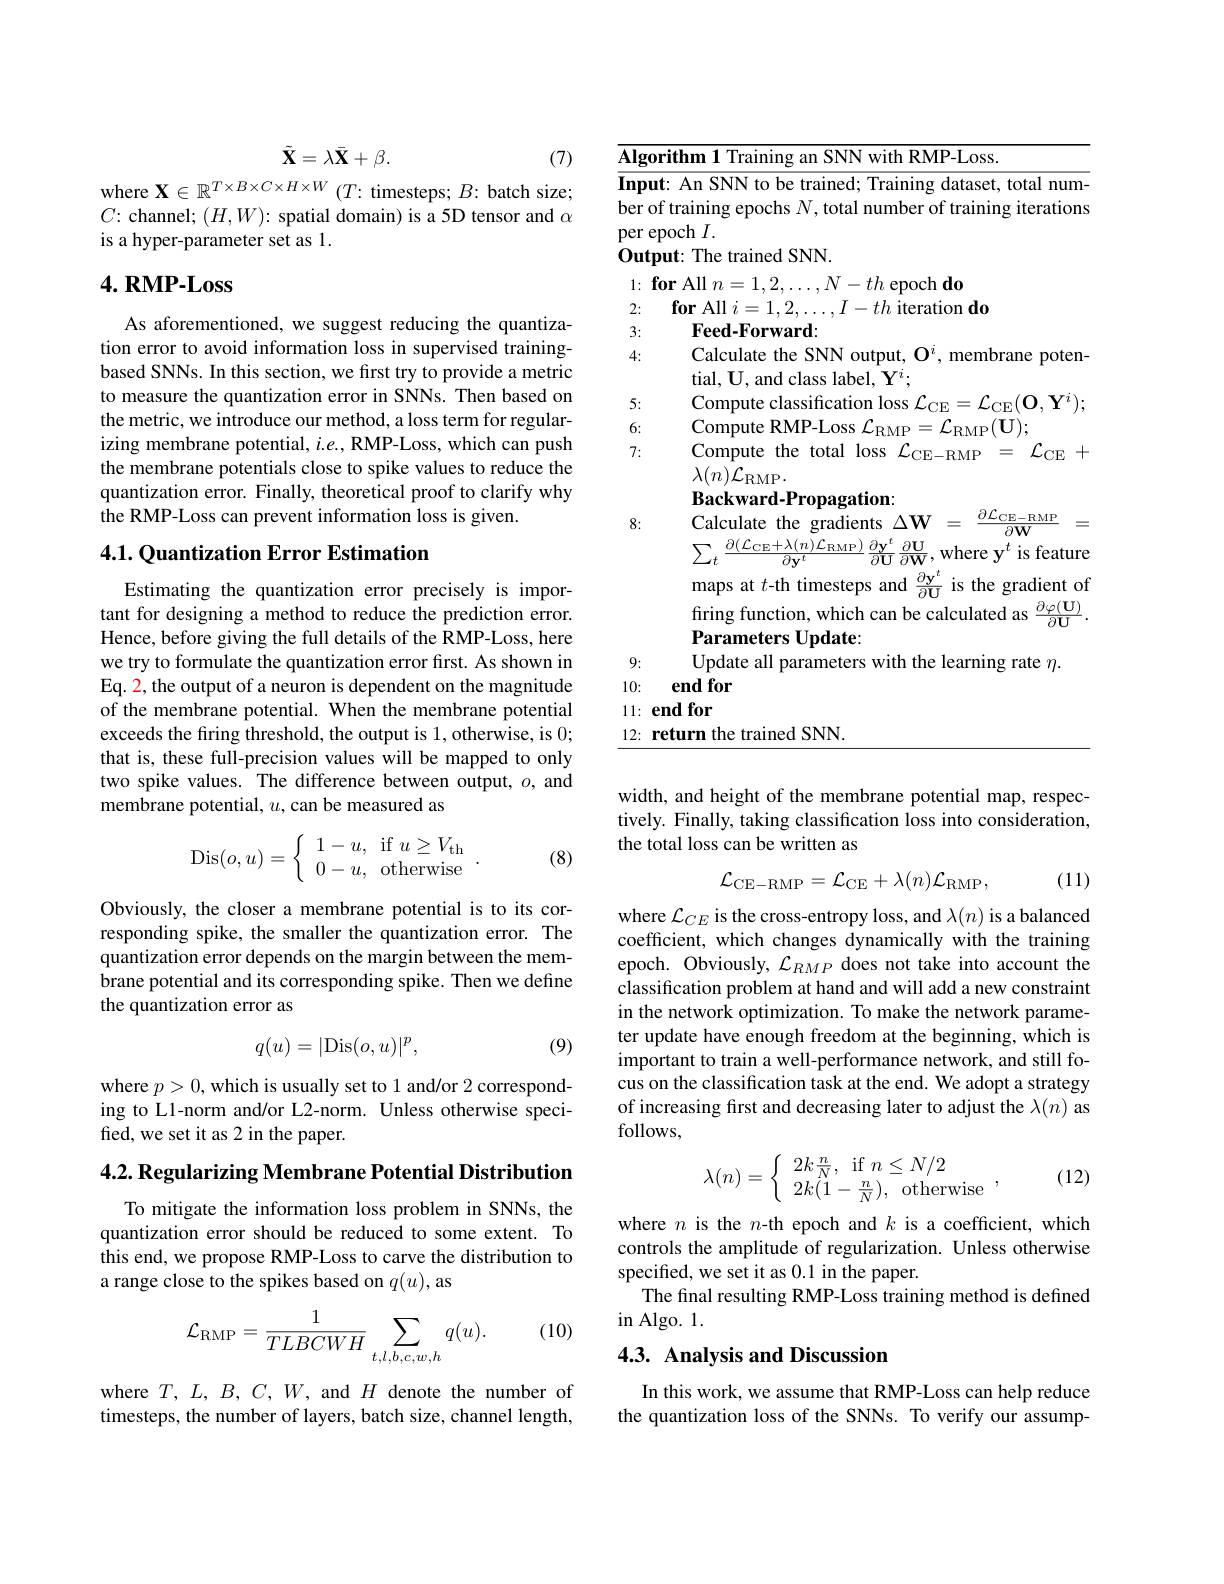
$$\tilde{\mathbf{X}}=\lambda\bar{\mathbf{X}}+\beta.$$
(7)
where $\mathbf{X}\in\mathbb{R}^T\times B\times C\times H\times W$ ($T:$ timesteps; $B:$ batch size;

$C{:}$channel; $(H,W){:}$ spatial domain) is a 5D tensor and $\alpha$
is a hyper-parameter set as 1.

# 4. RMP-Loss

As aforementioned, we suggest reducing the quantization error to avoid information loss in supervised trainingbased SNNs. In this section, we first try to provide a metric to measure the quantization error in SNNs. Then based on the metric, we introduce our method, a loss term for regularizing membrane potential, $i. e. , \textbf{RMP- Loss, which can push}$ the membrane potentials close to spike values to reduce the quantization error. Finally, theoretical proof to clarify why $\hat{\text{the RMP-Loss can prevent information loss is given.}}$

## 4.1. Quantization Error Estimation

Estimating the quantization error precisely is important for designing a method to reduce the prediction error. Hence, before giving the full details of the RMP-Loss, here we try to formulate the quantization error first. As shown in Eq. 2, the output of a neuron is dependent on the magnitude of the membrane potential. When the membrane potential exceeds the firing threshold, the output is 1, otherwise, is 0; that is, these full-precision values will be mapped to only two spike values. The difference between output, $o$, and membrane potential, $u$, can be measured as
$$\mathrm{Dis}(o,u)=\left\{\begin{array}{ll}1-u,&\mathrm{if}~u\geq V_{\mathrm{th}}\\0-u,&\mathrm{otherwise}\end{array}\right..$$
(8)

Obviously, the closer a membrane potential is to its corresponding spike, the smaller the quantization error. The quantization error depends on the margin between the membrane potential and its corresponding spike. Then we define the quantization error as

(9)
$$q(u)=|\mathrm{Dis}(o,u)|^p,$$
where $p>0$, which is usually set to 1 and/or 2 corresponding to L1-norm and/or L2-norm. Unless otherwise specified, we set it as 2 in the paper.

$4. 2. \textbf{ Regularizing Membrane Potential Distribution}$

To mitigate the information loss problem in SNNs, the quantization error should be reduced to some extent. To this end, we propose RMP-Loss to carve the distribution to a range close to the spikes based on $q(u)$, as

(10)
$$\mathcal{L}_{\mathrm{RMP}}=\frac{1}{TLBCWH}\sum_{t,l,b,c,w,h}q(u).$$
where $T,L,B,C,W$, and $H$ denote the number of timesteps, the number of layers, batch size, channel length,

<table>
	<tbody>
		<tr>
			<td>$\overline{\mathbf{Algo}}$</td>
			<td>$\mathbf{ifhm}$ SNN with RMP- Loss. TIM 11 11</td>
		</tr>
		<tr>
			<td>Inpu ber</td>
			<td>ut: An SNN to be trained; Training dataset, total num- of training epochs $N$,total number of training iterations</td>
		</tr>
		<tr>
			<td>$0utj$</td>
			<td>The f trained SNN</td>
		</tr>
		<tr>
			<td>1:</td>
			<td>$\textbf{for All }n=$ $\textbf{M}$ $th$ epoch do $^{*}/$ $=\frac{1}{2}$</td>
		</tr>
		<tr>
			<td>2:</td>
			<td>$\textbf{for All }i=$ 1.2 $th$ iteration do</td>
		</tr>
		<tr>
			<td>3:</td>
			<td>Feed-Forward:</td>
		</tr>
		<tr>
			<td>4:</td>
			<td>Calculate the SNN output, $\mathbf{O}^i$, membrane poten tial. U. and class label. $\mathbf{Y}^{\iota}$</td>
		</tr>
		<tr>
			<td>5:</td>
			<td>Comp classincatior $C^{\prime\prime}$</td>
		</tr>
		<tr>
			<td>6:</td>
			<td>Compute RMP-Loss RMP$( U)$ $LI$</td>
		</tr>
		<tr>
			<td>7:</td>
			<td>Compute the total Ioss $\mathcal{L}_{\mathrm{CE-RMP}}=$ $LCE$ $\lambda(n)\mathcal{L}_{\mathrm{RMP}}.$ $\mathbf{Backward-Propagation:}$</td>
		</tr>
		<tr>
			<td> </td>
			<td>$\sum_{t}$ $\frac{0\mathbf{y}}{\partial\mathbf{II}}\frac{0\mathbf{u}}{\partial\mathbf{W}}$,where $\mathbf{y}^{\iota}$ is feature $\overline{\partial\mathbf{y}}$</td>
		</tr>
		<tr>
			<td> </td>
			<td>maps at $t$-th timesteps and $\ddot{\upsilon}\mathbf{v}$ is the gradient of $\overline{\partial\mathbf{U}}$</td>
		</tr>
		<tr>
			<td> </td>
			<td>which calculated as Thincrion $\overline{\partial\Pi}$</td>
		</tr>
		<tr>
			<td> </td>
			<td>Parameters Update:</td>
		</tr>
		<tr>
			<td>9:</td>
			<td>Opdate all with the learning rate $\eta$</td>
		</tr>
		<tr>
			<td>10:</td>
			<td>end for</td>
		</tr>
		<tr>
			<td>11: 1 1 1 </td>
			<td>$\mathbf{endfor}$</td>
		</tr>
		<tr>
			<td>12: 1</td>
			<td>$SNN$ rainen</td>
		</tr>
	</tbody>
</table>

width, and height of the membrane potential map, respectively. Finally, taking classification loss into consideration, the total loss can be written as
$$\mathcal{L}_{\mathrm{CE-RMP}}=\mathcal{L}_{\mathrm{CE}}+\lambda(n)\mathcal{L}_{\mathrm{RMP}},$$
(11)

where $\mathcal{L}_CE$ is the cross-entropy loss, and $\lambda(n)$ is a balanced coefficient, which changes dynamically with the training epoch. Obviously, $\mathcal{L}_RMP$ does not take into account the classification problem at hand and will add a new constraint in the network optimization. To make the network parameter update have enough freedom at the beginning, which is important to train a well-performance network, and still focus on the classification task at the end. We adopt a strategy of increasing first and decreasing later to adjust the $\lambda(n)$ as follows,

(12)
$$\lambda(n)=\left\{\begin{array}{l}2k\frac{n}{N},\:\mathrm{if}\:n\leq N/2\\2k(1-\frac{n}{N}),\:\mathrm{otherwise}\end{array}\right.,$$
where $n$ is the $n$-th epoch and $k$ is a coefficient, which controls the amplitude of regularization. Unless otherwise specified, we set it as 0.1 in the paper.
The final resulting RMP-Loss training method is defined
in Algo. 1.

## 4.3. Analysis and Discussion

In this work, we assume that RMP-Loss can help reduce the quantization loss of the SNNs. To verify our assump-